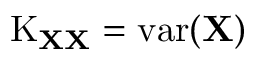
\operatorname { K } _ { \mathbf { X X } } = \operatorname { v a r } ( \mathbf { X } )